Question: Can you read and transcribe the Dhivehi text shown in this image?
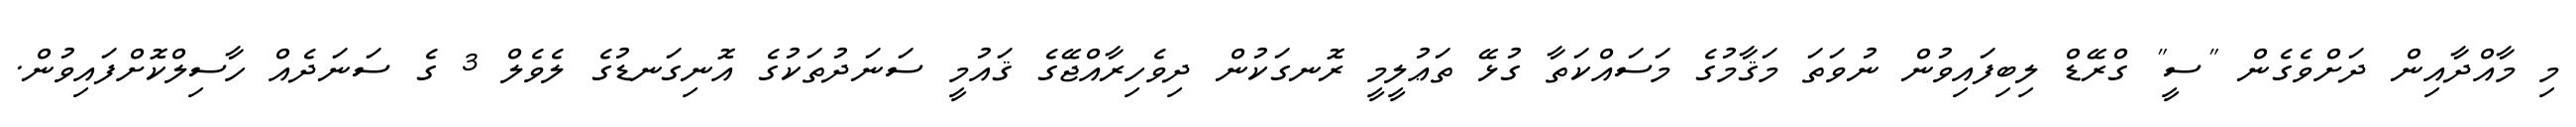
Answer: މި މާއްދާއިން ދަށްވެގެން "ސީ" ގްރޭޑް ލިބިފައިވުން ނުވަތަ މަޤާމުގެ މަސައްކަތާ ގުޅޭ ތަޢުލީމީ ރޮނގަކުން ދިވެހިރާއްޖޭގެ ޤައުމީ ސަނަދުތަކުގެ އޮނިގަނޑުގެ ލެވެލް 3 ގެ ސަނަދެއް ހާސިލްކޮށްފައިވުން.